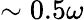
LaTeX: \sim 0.5\omega